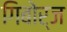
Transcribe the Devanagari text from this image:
गिबोर्ज